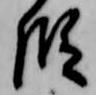
段